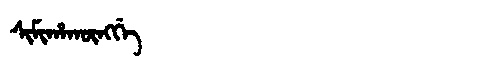
Manchu: ᠰᡳᠮᡳᡥᠠᡴᡡᠩᡤᡝ
Romanization: SIMIHAKŪNGGE